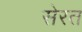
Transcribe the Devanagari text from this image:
सेरत